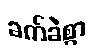
ခက်ခဲစွာ